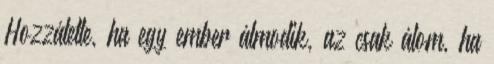
Hozzátette, ha egy ember álmodik, az csak álom, ha